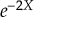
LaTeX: e ^ { - 2 { X } } \quad